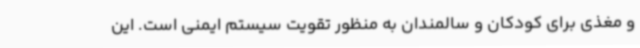
و مغذی برای کودکان و سالمندان به منظور تقویت سیستم ایمنی است. این